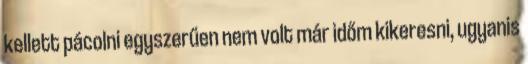
kellett pácolni egyszerűen nem volt már időm kikeresni, ugyanis